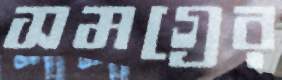
সমগ্রের